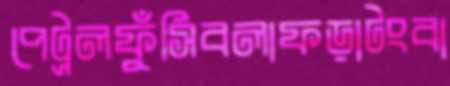
পেট্রলফুঁসিবলাফড়াটংবা